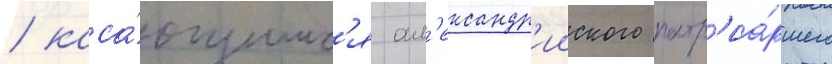
/ каса́ющимс'я ал'ександр'ииского патр'иа́ршего